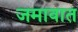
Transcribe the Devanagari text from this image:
जमावात